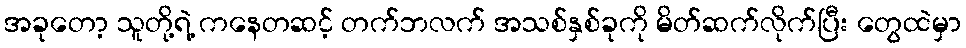
အခုတော့ သူတို့ရဲ့ ကနေတဆင့် တက်ဘလက် အသစ်နှစ်ခုကို မိတ်ဆက်လိုက်ပြီး တွေထဲမှာ